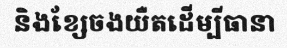
និងខ្សែចងយឺតដើម្បីធានា